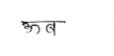
मजकूर: ऊब